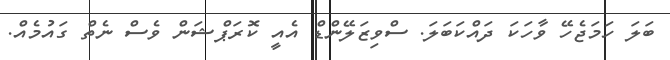
ބަލަ ހަމަޖެހޭ ވާހަކަ ދައްކަބަލަ. ސްވިޒަލޭންޑް އެއީ ކޮރަޕްޝަން ވެސް ނެތް ގައުމެއް.